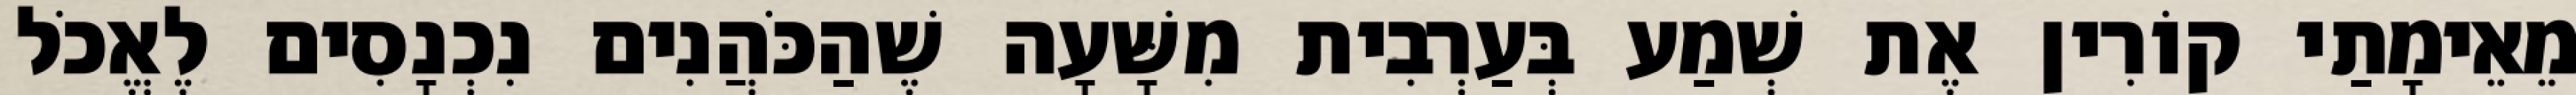
מֵאֵימָתַי קוֹרִין אֶת שְׁמַע בְּעַרְבִית מִשָּׁעָה שֶׁהַכֹּהֲנִים נִכְנָסִים לֶאֱכֹל